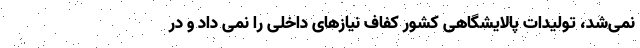
نمی‌شد، تولیدات پالایشگاهی‌ کشور کفاف نیازهای داخلی را نمی داد و در